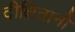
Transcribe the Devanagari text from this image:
दीक्षितानी